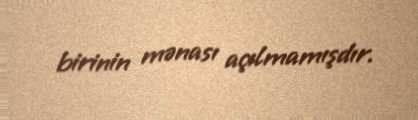
birinin mənası açılmamışdır.